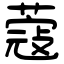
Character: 蔻